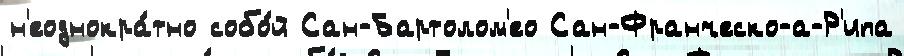
н'еоднокра́тно собо́й Сан-Бартолом'ео Сан-Франческо-а-Р'ипа